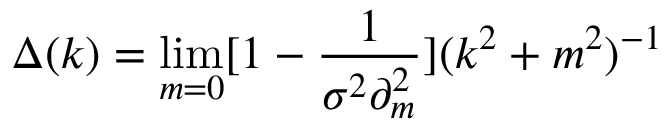
\Delta ( k ) = \operatorname * { l i m } _ { m = 0 } [ 1 - \frac { 1 } { \sigma ^ { 2 } \partial _ { m } ^ { 2 } } ] ( k ^ { 2 } + m ^ { 2 } ) ^ { - 1 }